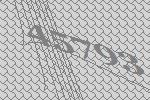
45793